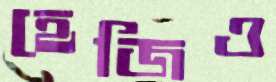
হেজিও